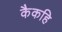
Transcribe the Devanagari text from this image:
कैकहि